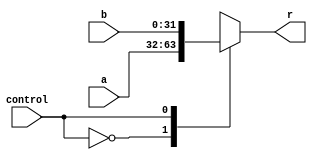
`timescale 1ns / 1ps
//////////////////////////////////////////////////////////////////////////////////
// Company: 
// Engineer: 
// 
// Design Name: 
// Module Name: mux
// Project Name: 
// Target Devices: 
// Tool Versions: 
// Description: 
// 
// Dependencies: 
// 
// Revision:
// Revision 0.01 - File Created
// Additional Comments:
// 
//////////////////////////////////////////////////////////////////////////////////


module mux1_2#(parameter width = 32)(
    input [width-1:0] a,
    input [width-1:0] b,
    input control,
    
    output reg [width-1:0] r
    );

    always @*
    begin
        case(control)
            1'b0: r=a;
            1'b1: r=b;
        endcase
    end
endmodule

// module mux1_2_E#(parameter width = 32)(
//     input [width-1:0] a,
//     input [width-1:0] b,
//     input control,
//     input enable,
    
//     output reg [width-1:0] r
//     );

//     always @* begin
//     if(enable) begin
//         case(control)
//             1'b0: r=a;
//             1'b1: r=b;
//         endcase
//     end
//     end
// endmodule

module mux2_4#(parameter width = 32)(
    input [width-1:0] a,
    input [width-1:0] b,
    input [width-1:0] c,
    input [width-1:0] d,
    input control_0,
    input control_1,
    
    output reg [width-1:0] r
    );

    always @*
    begin
        case({control_1, control_0})
            2'b00: r=a;
            2'b01: r=b;
            2'b10: r=c;
            2'b11: r=d;
        endcase
    end
endmodule